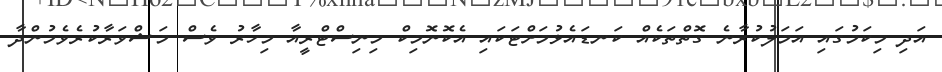
އަދި މިކަމުގައި އަމަލުކުރާނެ ގޮތްތަކެއް ކަނޑައެޅުމަށްޓަކައި އެކޮނޮމިކް މިނިސްޓްރީއާ މިހާރު ވެސް މަޝްވަރާކުރެވެމުންދާ